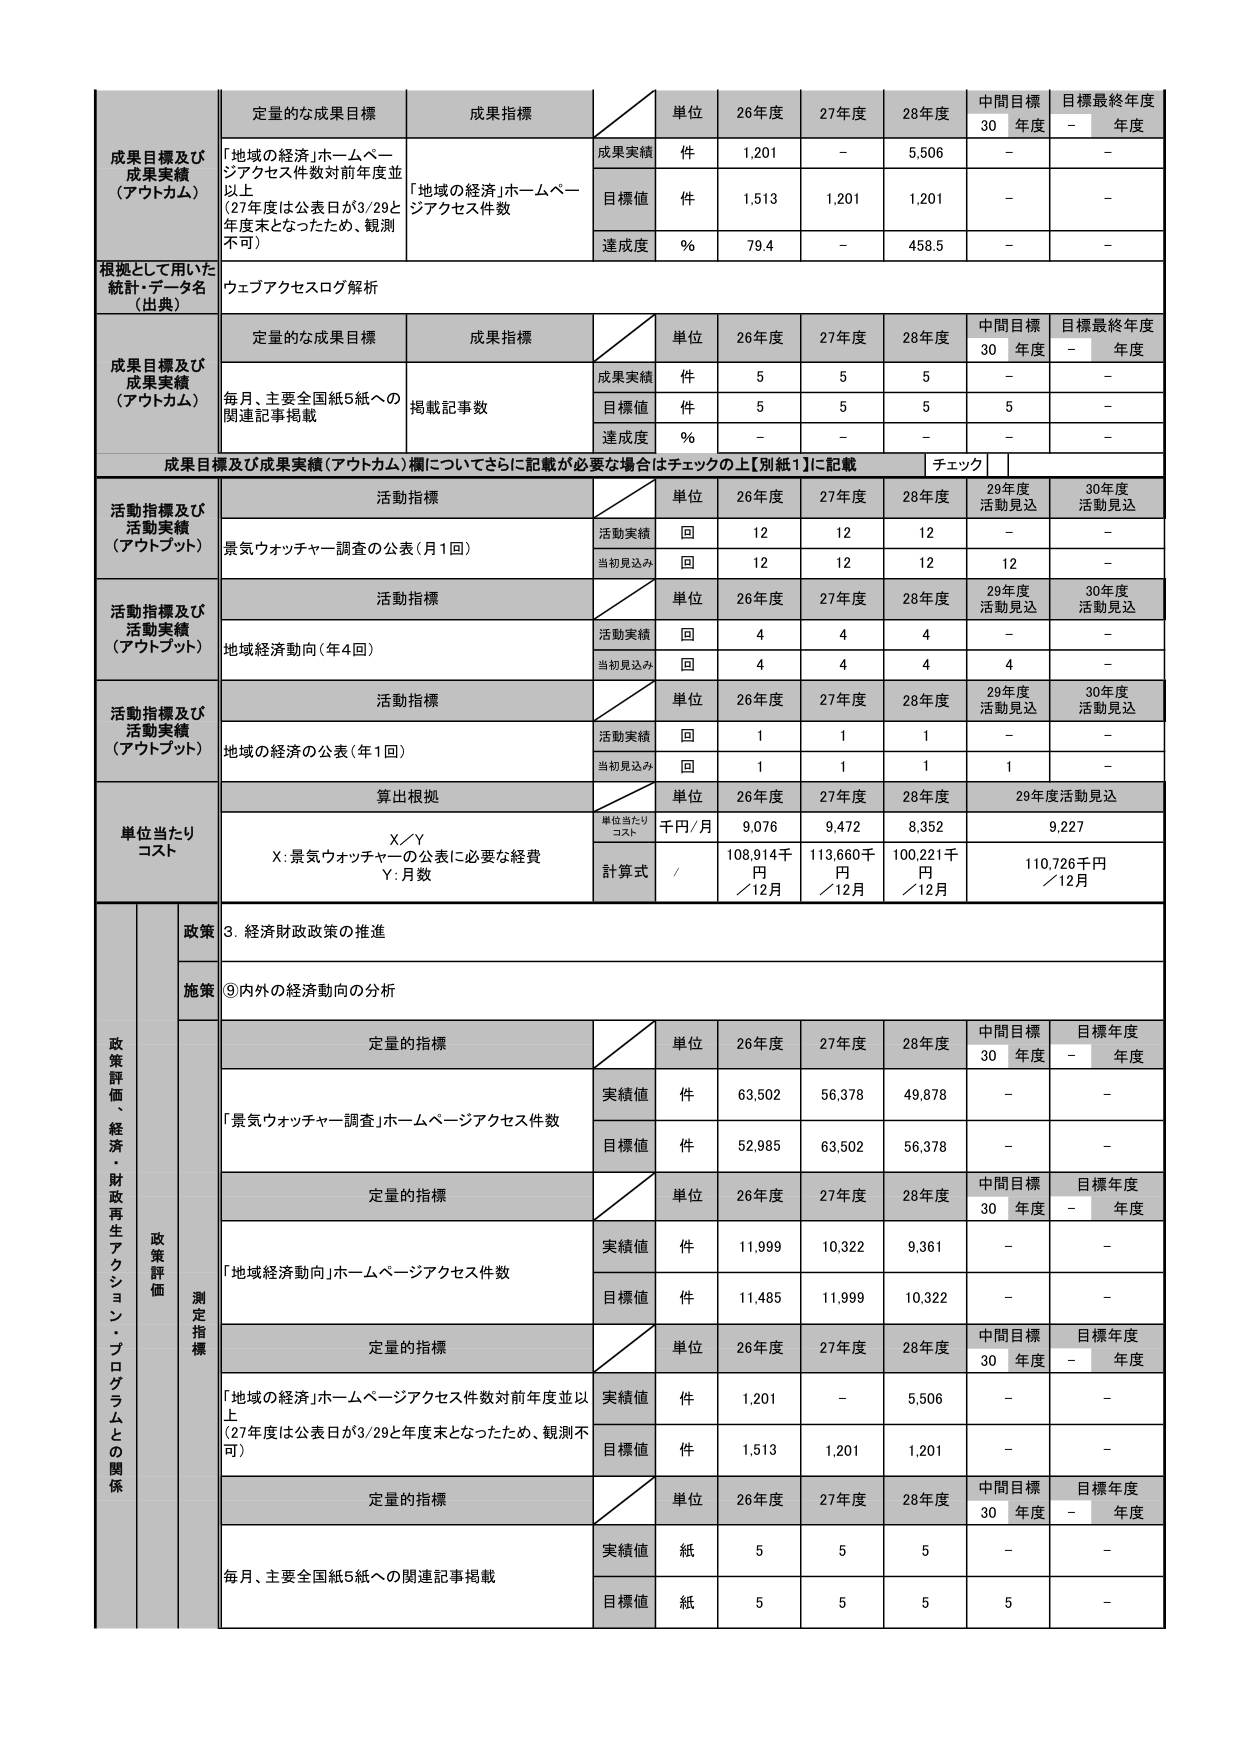
成果目標及び成果実績（アウトカム）
定量的な成果目標
成果指標
単位
26年度
27年度
28年度
中間目標30年度
目標最終年度－年度
「地域の経済」ホームページアクセス件数対前年度並以上（27年度は公表日が3/29と年度末となったため、観測不可）
「地域の経済」ホームページアクセス件数
成果実績
件
1,201
－
5,506
－
－
目標値
件
1,513
1,201
1,201
－
－
達成度
％
79.4
－
458.5
－
－
根拠として用いた統計・データ名（出典）
ウェブアクセスログ解析
成果目標及び成果実績（アウトカム）
定量的な成果目標
成果指標
単位
26年度
27年度
28年度
中間目標30年度
目標最終年度－年度
毎月、主要全国紙5紙への関連記事掲載
掲載記事数
成果実績
件
5
5
5
－
－
目標値
件
5
5
5
5
－
達成度
％
－
－
－
－
－
成果目標及び成果実績（アウトカム）欄についてさらに記載が必要な場合はチェックの上【別紙1】に記載
チェック
活動指標及び活動実績（アウトプット）
活動指標
単位
26年度
27年度
28年度
29年度活動見込
30年度活動見込
景気ウォッチャー調査の公表（月1回）
活動実績
回
12
12
12
－
－
当初見込み
回
12
12
12
12
－
活動指標及び活動実績（アウトプット）
活動指標
単位
26年度
27年度
28年度
29年度活動見込
30年度活動見込
地域経済動向（年4回）
活動実績
回
4
4
4
－
－
当初見込み
回
4
4
4
4
－
活動指標及び活動実績（アウトプット）
活動指標
単位
26年度
27年度
28年度
29年度活動見込
30年度活動見込
地域の経済の公表（年1回）
活動実績
回
1
1
1
－
－
当初見込み
回
1
1
1
1
－
単位当たりコスト
算出根拠
単位
26年度
27年度
28年度
29年度活動見込
X／Y
単位当たりコスト
千円／月
9,076
9,472
8,352
9,227
X：景気ウォッチャーの公表に必要な経費
Y：月数
計算式
／
108,914千円／12月
113,660千円／12月
100,221千円／12月
110,726千円／12月
政策評価・経済・財政再生アクション・プログラムとの関係
政策
3．経済財政政策の推進
施策
⑨内外の経済動向の分析
政策評価
測定指標
定量的指標
単位
26年度
27年度
28年度
中間目標30年度
目標年度－年度
「景気ウォッチャー調査」ホームページアクセス件数
実績値
件
63,502
56,378
49,878
－
－
目標値
件
52,985
63,502
56,378
－
－
定量的指標
単位
26年度
27年度
28年度
中間目標30年度
目標年度－年度
「地域経済動向」ホームページアクセス件数
実績値
件
11,999
10,322
9,361
－
－
目標値
件
11,485
11,999
10,322
－
－
定量的指標
単位
26年度
27年度
28年度
中間目標30年度
目標年度－年度
「地域の経済」ホームページアクセス件数対前年度並以上（27年度は公表日が3/29と年度末となったため、観測不可）
実績値
件
1,201
－
5,506
－
－
目標値
件
1,513
1,201
1,201
－
－
定量的指標
単位
26年度
27年度
28年度
中間目標30年度
目標年度－年度
毎月、主要全国紙5紙への関連記事掲載
実績値
紙
5
5
5
－
－
目標値
紙
5
5
5
5
－